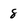
Character: 8